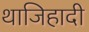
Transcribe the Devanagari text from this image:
थाजिहादी